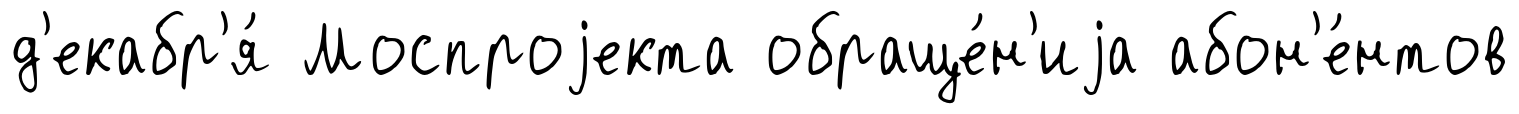
д'екабр'я́ Моспроjекта обраще́н'иjа абон'е́нтов